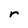
Character: r